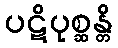
ပဋိပုစ္ဆန္တိ